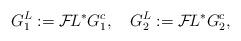
LaTeX: \begin{align*}G_1^L := {\cal F}\!L^* G^c_1, \quad G_2^L := {\cal F}\!L^* G^c_2, \end{align*}